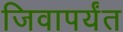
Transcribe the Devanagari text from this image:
जिवापर्यंत